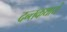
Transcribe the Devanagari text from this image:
दन्तकथाये